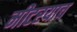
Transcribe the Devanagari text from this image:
मीटरयाच